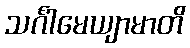
သင်္ဂါမေယျာမာတိ